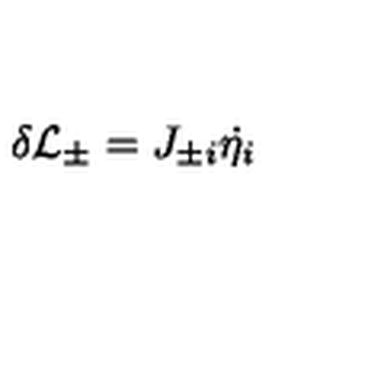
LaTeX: \delta { \cal L } _ { \pm } = J _ { \pm i } \dot { \eta _ { i } }